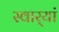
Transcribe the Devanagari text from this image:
स्वार्‍यां